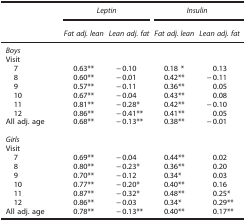
<table><thead><tr><td><b> </b></td><td colspan="2"><b><i>Leptin</i></b></td><td colspan="2"><b><i>Insulin</i></b></td></tr><tr><td><b> </b></td><td><b><i>Fat adj. lean</i></b></td><td><b><i>Lean adj. fat</i></b></td><td><b><i>Fat adj. lean</i></b></td><td><b><i>Lean adj. fat</i></b></td></tr></thead><tbody><tr><td colspan="5"><i>Boys</i></td></tr><tr><td colspan="5">Visit</td></tr><tr><td> 7</td><td>0.63**</td><td>−0.10</td><td>0.18 *</td><td>0.13</td></tr><tr><td> 8</td><td>0.60**</td><td>−0.01</td><td>0.42**</td><td>−0.11</td></tr><tr><td> 9</td><td>0.57**</td><td>−0.11</td><td>0.36**</td><td>0.05</td></tr><tr><td> 10</td><td>0.67**</td><td>−0.04</td><td>0.43**</td><td>0.08</td></tr><tr><td> 11</td><td>0.81**</td><td>−0.28*</td><td>0.42**</td><td>−0.10</td></tr><tr><td> 12</td><td>0.86**</td><td>−0.41**</td><td>0.41**</td><td>0.05</td></tr><tr><td>All adj. age</td><td>0.68**</td><td>−0.13**</td><td>0.38**</td><td>−0.01</td></tr><tr><td colspan="5"> </td></tr><tr><td colspan="5"><i>Girls</i></td></tr><tr><td colspan="5">Visit</td></tr><tr><td> 7</td><td>0.69**</td><td>−0.04</td><td>0.44**</td><td>0.02</td></tr><tr><td> 8</td><td>0.80**</td><td>−0.23*</td><td>0.36**</td><td>0.20</td></tr><tr><td> 9</td><td>0.70**</td><td>−0.12</td><td>0.34*</td><td>0.03</td></tr><tr><td> 10</td><td>0.77**</td><td>−0.20*</td><td>0.40**</td><td>0.16</td></tr><tr><td> 11</td><td>0.87**</td><td>−0.32*</td><td>0.48**</td><td>0.25*</td></tr><tr><td> 12</td><td>0.86**</td><td>−0.03</td><td>0.34*</td><td>0.29**</td></tr><tr><td>All adj. age</td><td>0.78**</td><td>−0.13**</td><td>0.40**</td><td>0.17**</td></tr></tbody></table>